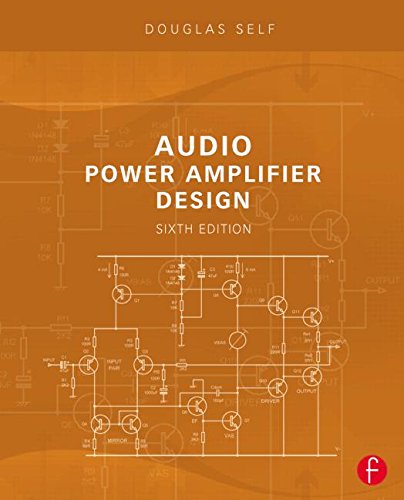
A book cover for Audio Power Amplifier Design; Douglas Self; Science & Math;